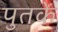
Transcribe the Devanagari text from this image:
पुतकें